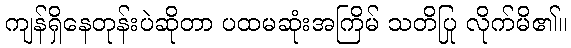
ကျန်ရှိနေတုန်းပဲဆိုတာ ပထမဆုံးအကြိမ် သတိပြု လိုက်မိ၏။